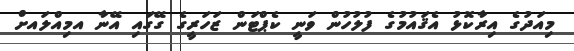
މިއަދުގެ އިރާކޮޅު އެޤައުމުގެ ފުލުހުން ވަނީ ކެޕްޓަން ޒަހަރީގެ ގޭގައި އޭނާ އމިއްލައށް